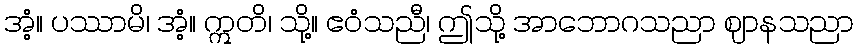
အံ့။ ပဿာမိ၊ အံ့။ ဣတိ၊ သို့။ ဧဝံသညီ၊ ဤသို့ အာဘောဂသညာ ဈာနသညာ